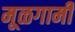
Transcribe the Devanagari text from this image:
मूळगामी